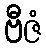
ဗီဇံ